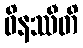
ဝိနဿီတိ